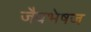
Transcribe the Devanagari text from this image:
जैवभेषज